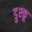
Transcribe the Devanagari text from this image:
डुश्कू